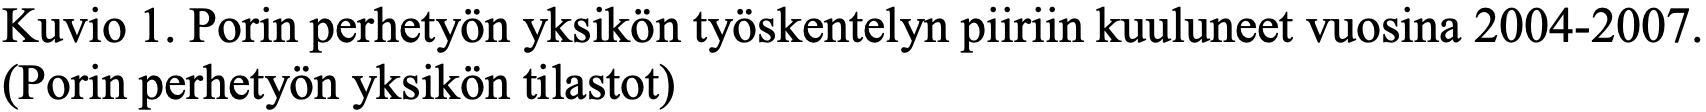
Kuvio 1. Porin perhetyön yksikön työskentelyn piiriin kuuluneet vuosina 2004-2007. (Porin perhetyön yksikön tilastot)